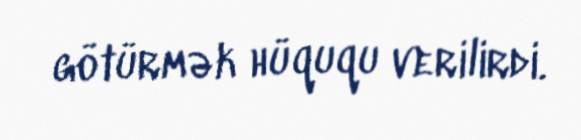
götürmək hüququ verilirdi.